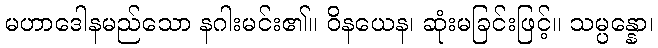
မဟာဒေါနမည်သော နဂါးမင်း၏။ ဝိနယေန၊ ဆုံးမခြင်းဖြင့်။ သမ္ပန္နော၊